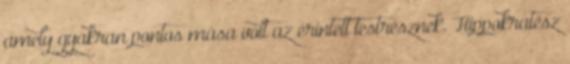
amely gyakran pontos mása volt az érintett testrésznek. Hippokratész